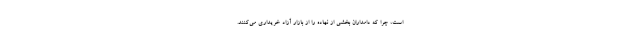
است، چرا که دامداران بخشی از نهاده را از بازار آزاد خریداری می‌کنند.